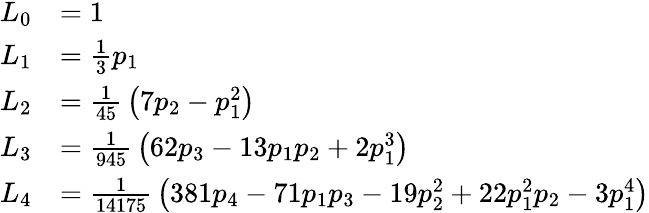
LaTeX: {\begin{array}{rl}{L_{0}}&{=1}\\ {L_{1}}&{={\frac{1}{3}}p_{1}}\\ {L_{2}}&{={\frac{1}{45}}\left(7p_{2}-p_{1}^{2}\right)}\\ {L_{3}}&{={\frac{1}{945}}\left(62p_{3}-13p_{1}p_{2}+2p_{1}^{3}\right)}\\ {L_{4}}&{={\frac{1}{14175}}\left(381p_{4}-71p_{1}p_{3}-19p_{2}^{2}+22p_{1}^{2}p_{2}-3p_{1}^{4}\right)}\end{array}}